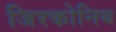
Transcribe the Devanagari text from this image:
जिरकोनिय